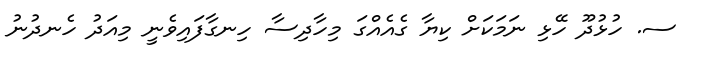
ސ. ހުޅުދޫ ހޭޅި ނަމަކަށް ކިޔާ ގެއެއްގަ މިހާދިސާ ހިނގާފައިވެނީ މިއަދު ހެނދުނު